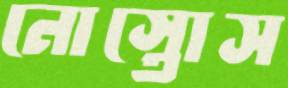
নোস্তোস